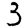
Digit: 3